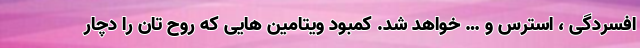
افسردگی ، استرس و … خواهد شد. کمبود ویتامین هایی که روح تان را دچار